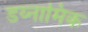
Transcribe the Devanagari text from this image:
डय्नामिक